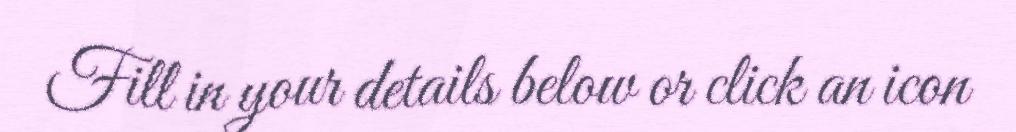
Fill in your details below or click an icon